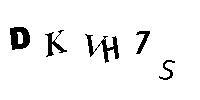
DKVH7S